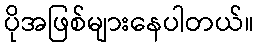
ပိုအဖြစ်များနေပါတယ်။